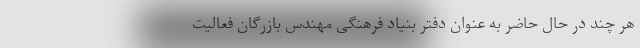
هر چند در حال حاضر به عنوان دفتر بنیاد فرهنگی مهندس بازرگان فعالیت